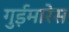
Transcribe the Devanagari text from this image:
गुईमारेस